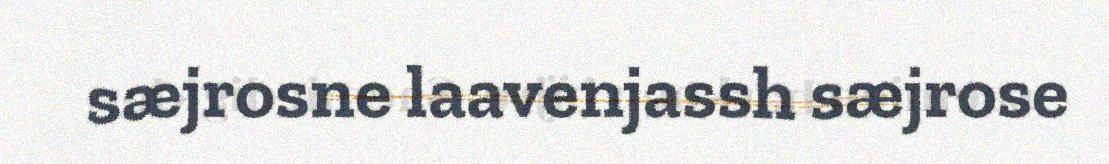
sæjrosne laavenjassh sæjrose